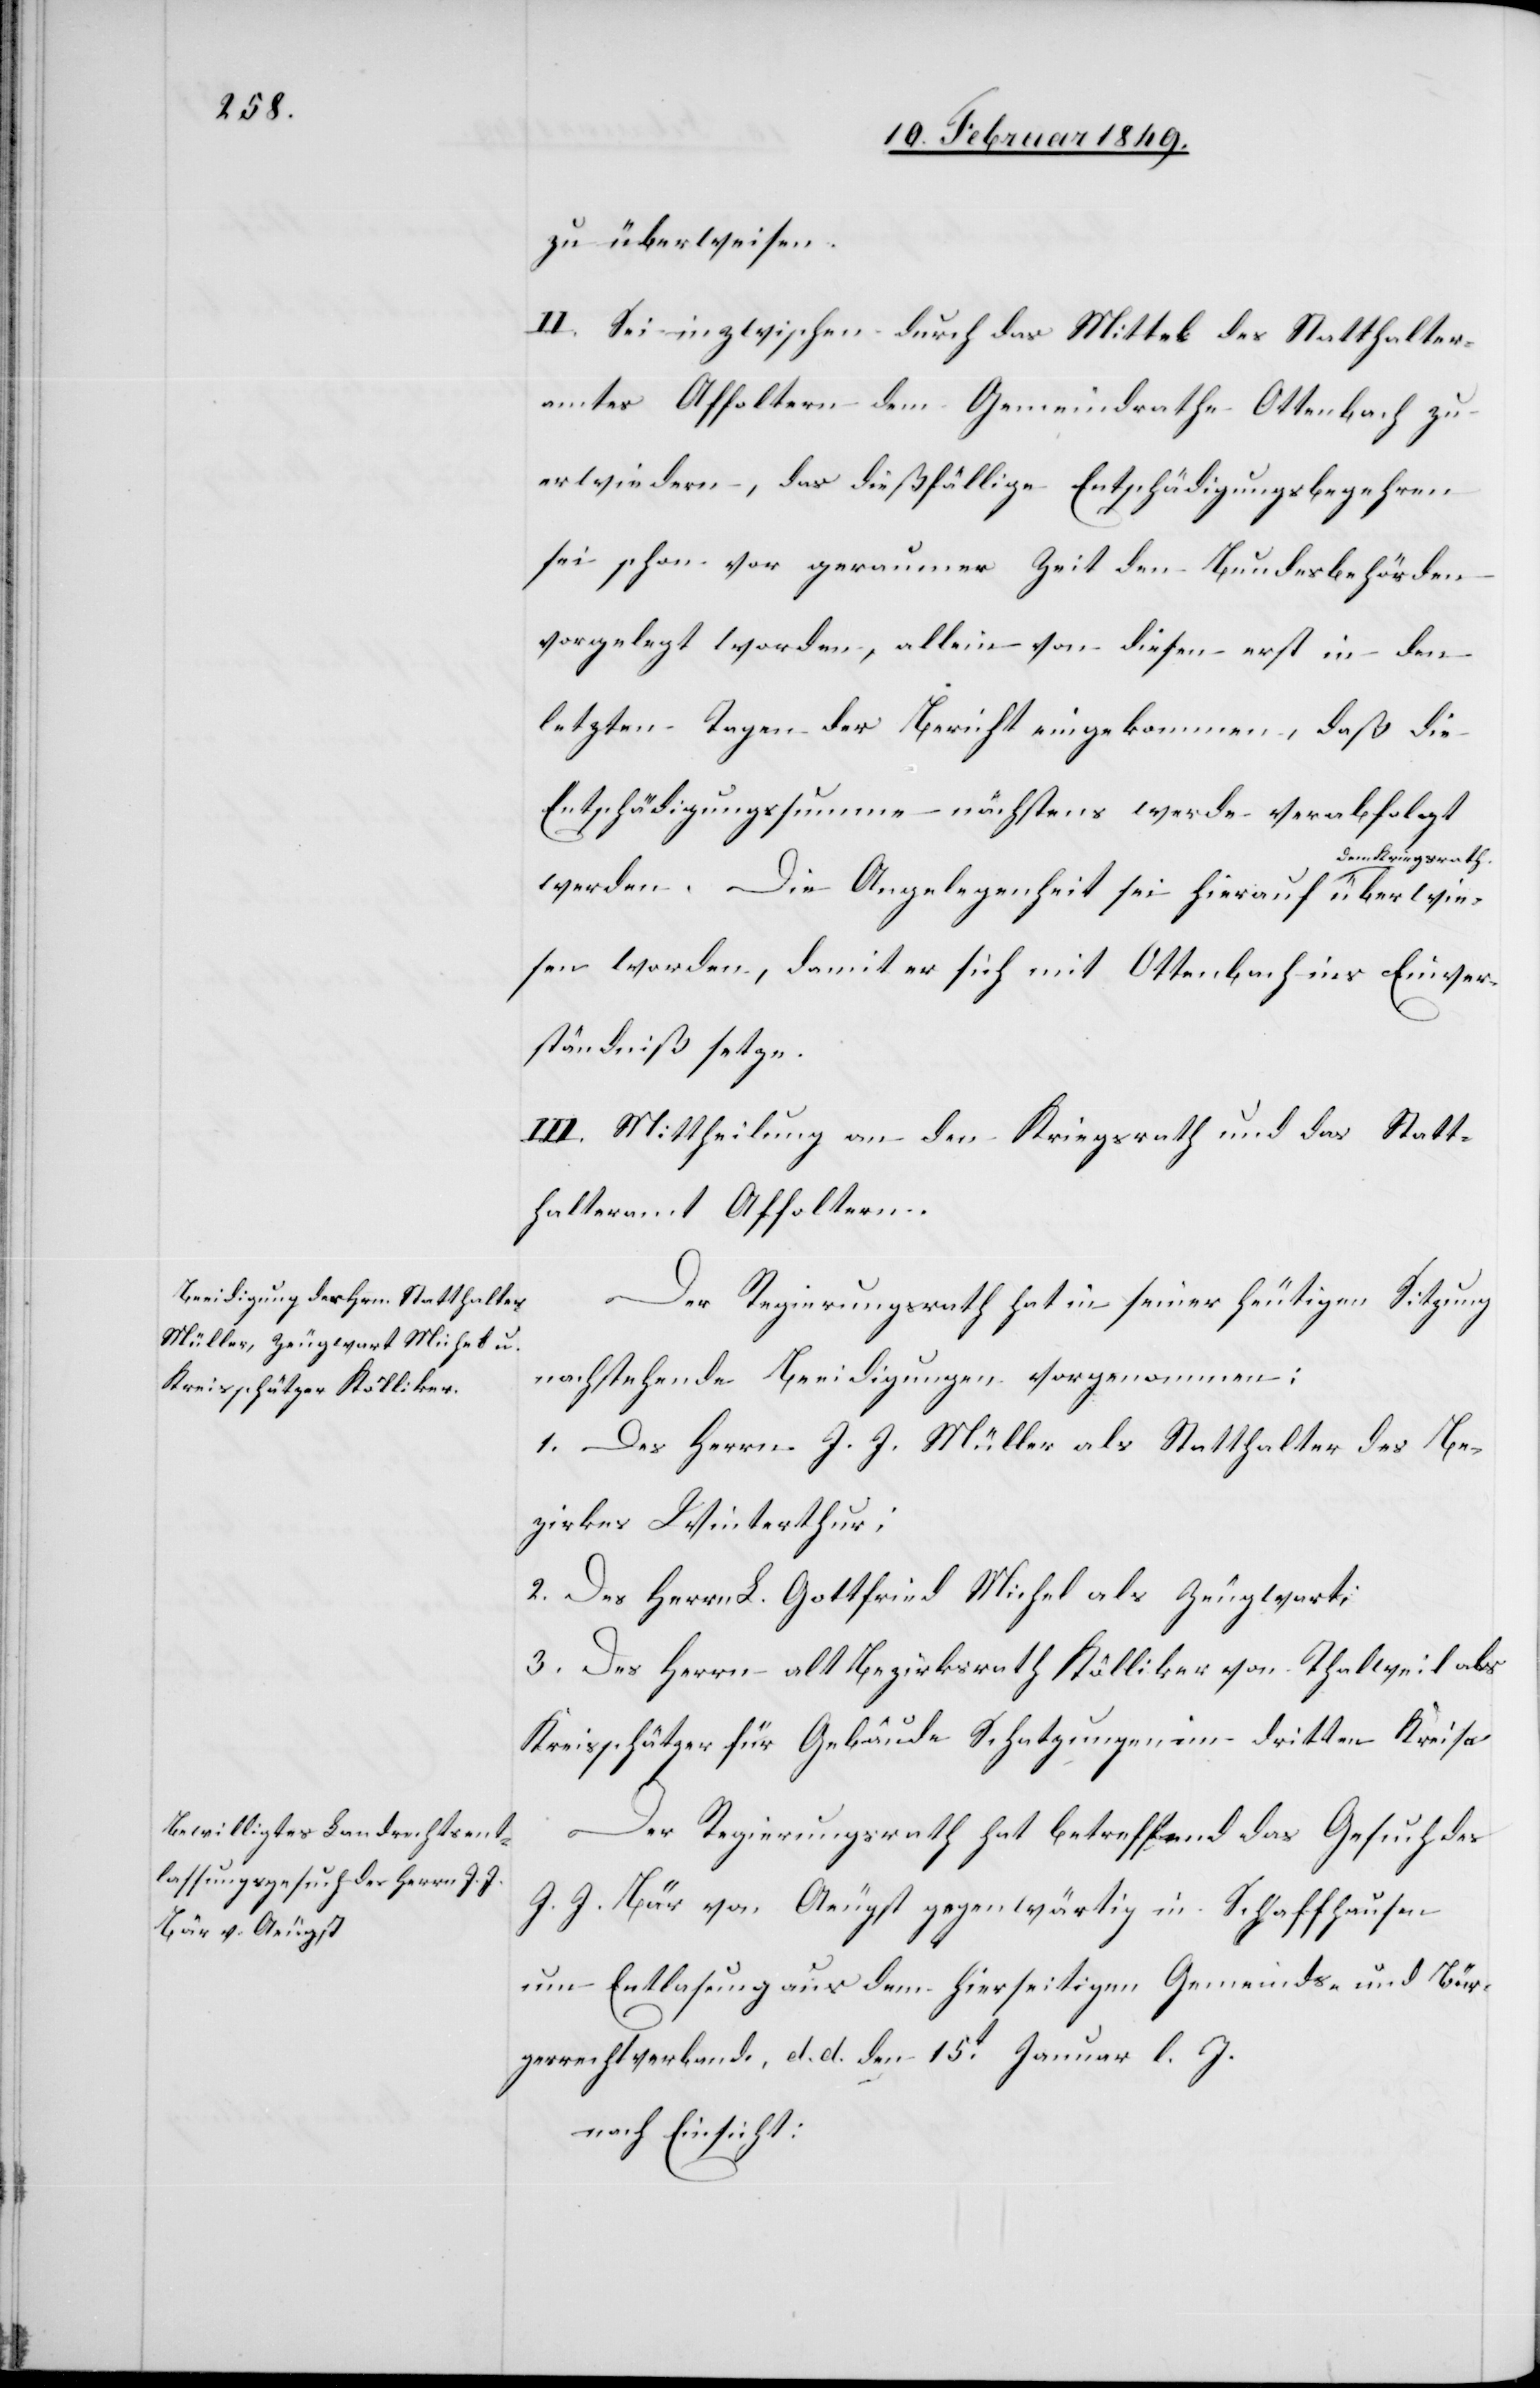
e[.]

zu überweisen.
II. Sei inzwischen durch das Mittel des Statthalter¬
amtes Affoltern dem Gemeindrathe Ottenbach zu
erwiedern, das dießfällige Entschädigungsbegehren
sei schon vor geraumer Zeit den Bundesbehörden
vorgelegt worden, allein von diesen erst in den
letzten Tagen der Bericht eingekommen, daß die
Entschädigungssumme nächstens werde verabfolgt
m Kriegsrath
werden. Die Angelegenheit sei hierauf de¬
wiesen worden, damit er sich mit Ottenbach ins Einver¬
ständniß setze.
III. Mittheilung an den Kriegsrath und das Statt¬
halteramt Affoltern.
Der Regierungsrath hat in seiner heutigen Sitzung
nachstehende Beeidigungen vorgenommen:
1. Des Herrn J. J. Müller als Statthalter des Be¬
zirkes Winterthur;
2. Des Herrn L. Gottfried Michel als Zeugwart;
3. Des Herrn alt Bezirksrath Kölliker von Thalweil als
Kreisschätzer für Gebäude Schatzungen im dritten Kreis¬
Der Regierungsrath hat betreffend das Gesuch des
J. J. Bär von Aeugst gegenwärtig in Schaffhausen
um Entlasung [sic!] aus dem hierseitigen Gemeinds- und Bür¬
gerrechtverband, d. d. den 15t. Januar l. J.
nach Einsicht: